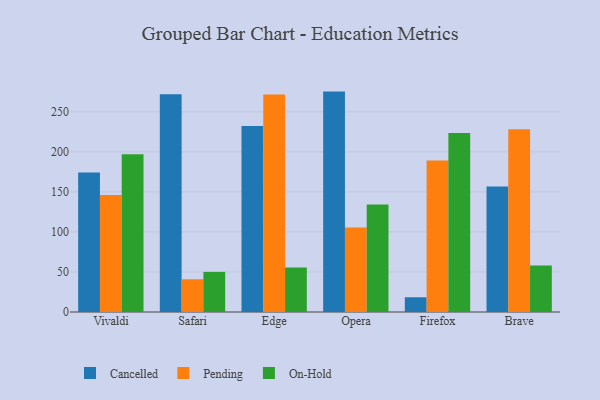
{"axis": {"x": "Browser", "y": "Shipments"}, "legend": ["Cancelled", "On-Hold", "Pending"], "data": [{"x": "Vivaldi", "y": 174.2, "type": "Cancelled"}, {"x": "Vivaldi", "y": 146.2, "type": "Pending"}, {"x": "Vivaldi", "y": 197.1, "type": "On-Hold"}, {"x": "Safari", "y": 272.1, "type": "Cancelled"}, {"x": "Safari", "y": 40.9, "type": "Pending"}, {"x": "Safari", "y": 50.1, "type": "On-Hold"}, {"x": "Edge", "y": 232.4, "type": "Cancelled"}, {"x": "Edge", "y": 271.7, "type": "Pending"}, {"x": "Edge", "y": 55.7, "type": "On-Hold"}, {"x": "Opera", "y": 275.3, "type": "Cancelled"}, {"x": "Opera", "y": 105.6, "type": "Pending"}, {"x": "Opera", "y": 134.4, "type": "On-Hold"}, {"x": "Firefox", "y": 18.4, "type": "Cancelled"}, {"x": "Firefox", "y": 189.1, "type": "Pending"}, {"x": "Firefox", "y": 223.5, "type": "On-Hold"}, {"x": "Brave", "y": 156.9, "type": "Cancelled"}, {"x": "Brave", "y": 228.2, "type": "Pending"}, {"x": "Brave", "y": 58.0, "type": "On-Hold"}]}